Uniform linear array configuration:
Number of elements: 8
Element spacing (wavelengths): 0.25
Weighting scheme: binomial
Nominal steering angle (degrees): -15
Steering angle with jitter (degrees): -13.379
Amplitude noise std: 0.05
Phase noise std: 0.05

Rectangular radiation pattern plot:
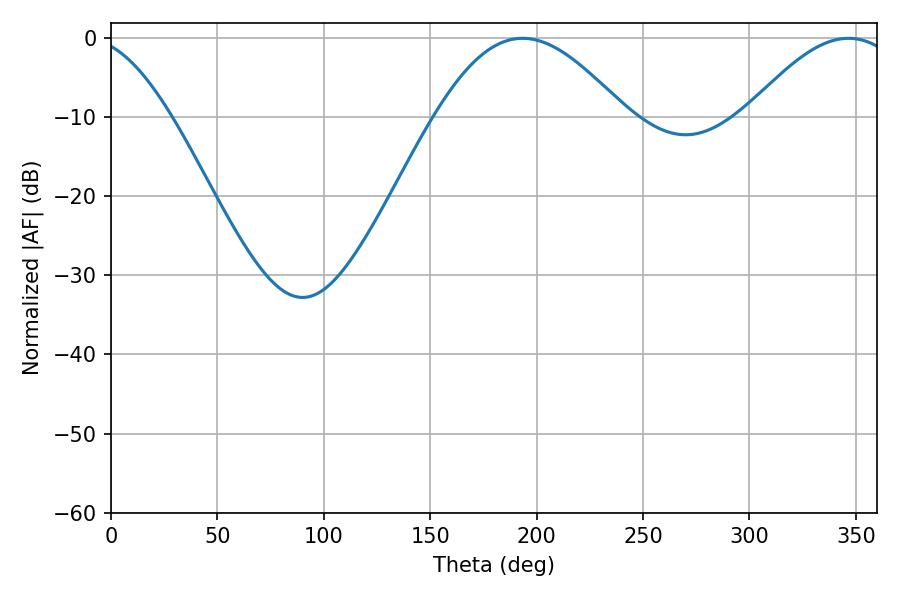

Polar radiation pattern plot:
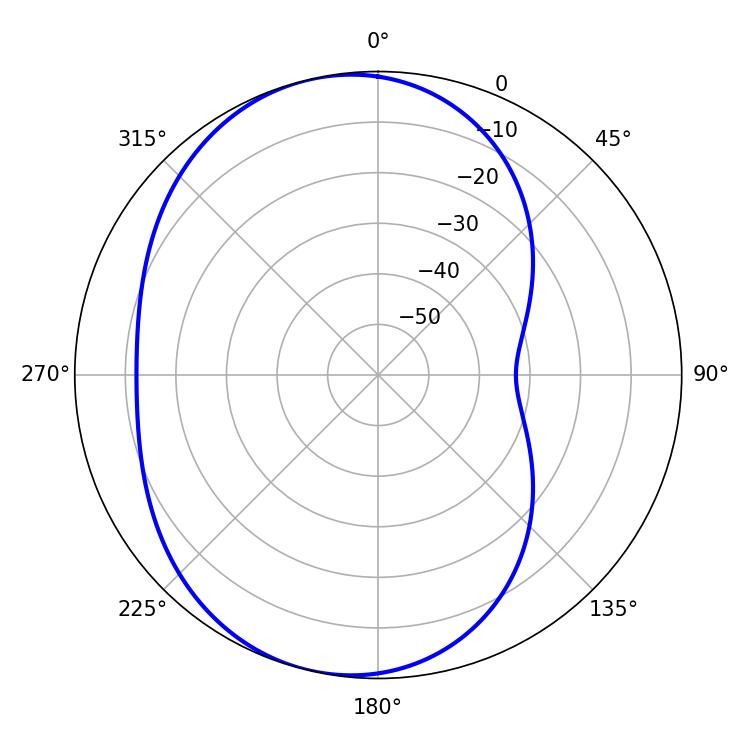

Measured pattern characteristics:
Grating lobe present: FALSE
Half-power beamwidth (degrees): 48.24
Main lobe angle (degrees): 193.5